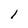
Character: l